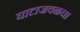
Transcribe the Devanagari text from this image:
घाटाजवळचा